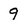
Character: q